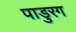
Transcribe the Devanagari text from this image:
पाडुरग